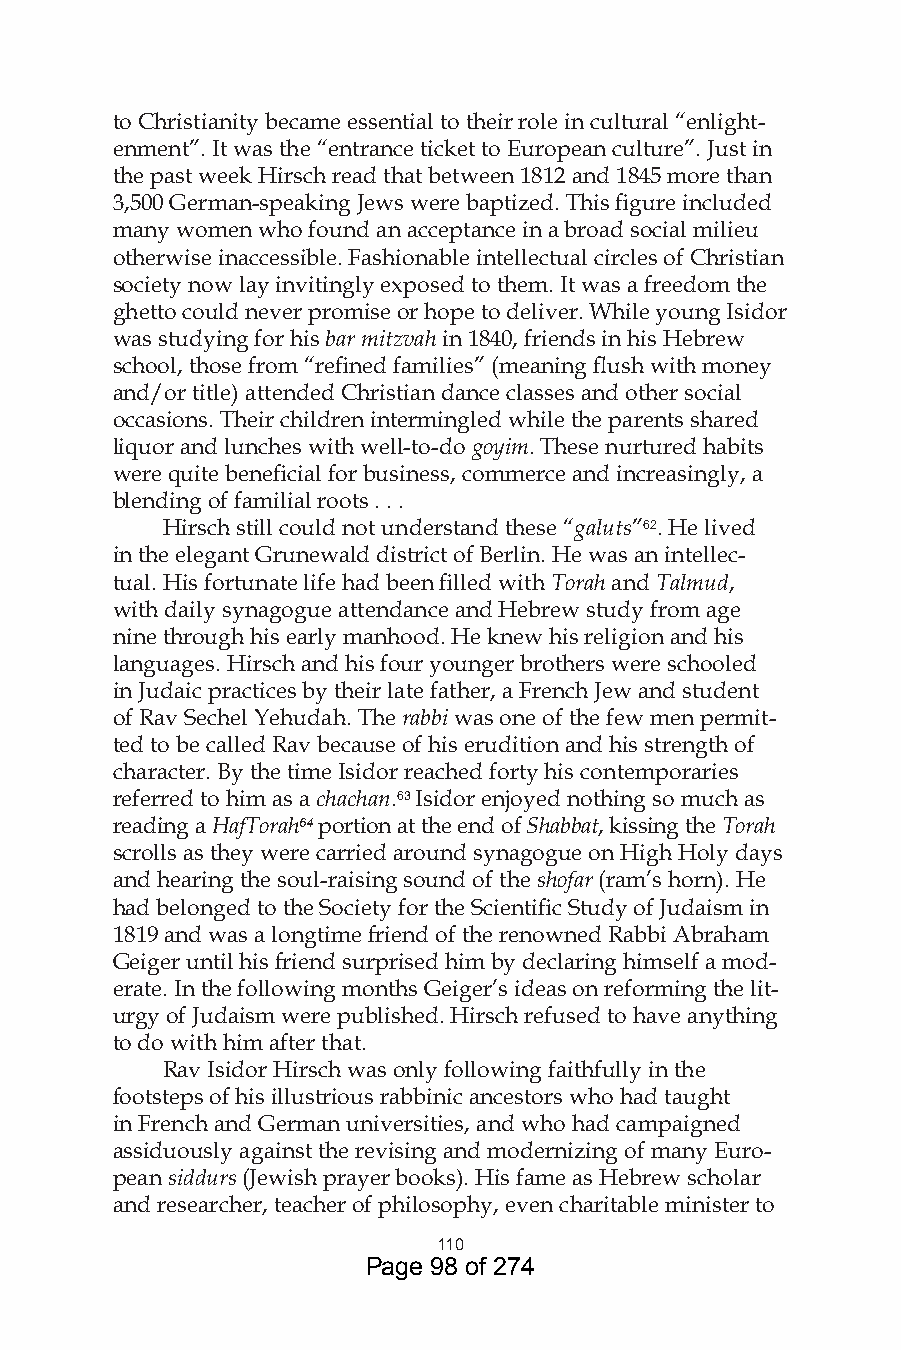
to Christianity became essential to their role in cultural “enlight-
 enment”. It was the “entrance ticket to European culture”. Just in
 the past week Hirsch read that between 1812 and 1845 more than
 3,500 German-speaking Jews were baptized. This figure included
 many women who found an acceptance in a broad social milieu
 otherwise inaccessible. Fashionable intellectual circles of Christian
 society now lay invitingly exposed to them. It was a freedom the
 ghetto could never promise or hope to deliver. While young Isidor
 was studying for his bar mitzvah in 1840, friends in his Hebrew
 school, those from “refined families” (meaning flush with money
 and/or title) attended Christian dance classes and other social
 occasions. Their children intermingled while the parents shared
 liquor and lunches with well-to-do goyim. These nurtured habits
 were quite beneficial for business, commerce and increasingly, a
 blending of familial roots . . .
 Hirsch still could not understand these “galuts”6. He lived
 in the elegant Grunewald district of Berlin. He was an intellec-
 tual. His fortunate life had been filled with Torah and Talmud,
 with daily synagogue attendance and Hebrew study from age
 nine through his early manhood. He knew his religion and his
 languages. Hirsch and his four younger brothers were schooled
 in Judaic practices by their late father, a French Jew and student
 of Rav Sechel Yehudah. The rabbi was one of the few men permit-
 ted to be called Rav because of his erudition and his strength of
 character. By the time Isidor reached forty his contemporaries
 referred to him as a chachan.6 Isidor enjoyed nothing so much as
 reading a HafTorah64 portion at the end of Shabbat, kissing the Torah
 scrolls as they were carried around synagogue on High Holy days
 and hearing the soul-raising sound of the shofar (ram’s horn). He
 had belonged to the Society for the Scientific Study of Judaism in
 1819 and was a longtime friend of the renowned Rabbi Abraham
 Geiger until his friend surprised him by declaring himself a mod-
 erate. In the following months Geiger’s ideas on reforming the lit-
 urgy of Judaism were published. Hirsch refused to have anything
 to do with him after that.
 Rav Isidor Hirsch was only following faithfully in the
 footsteps of his illustrious rabbinic ancestors who had taught
 in French and German universities, and who had campaigned
 assiduously against the revising and modernizing of many Euro-
 pean siddurs (Jewish prayer books). His fame as Hebrew scholar
 and researcher, teacher of philosophy, even charitable minister to
 0
 Page 98 of 274